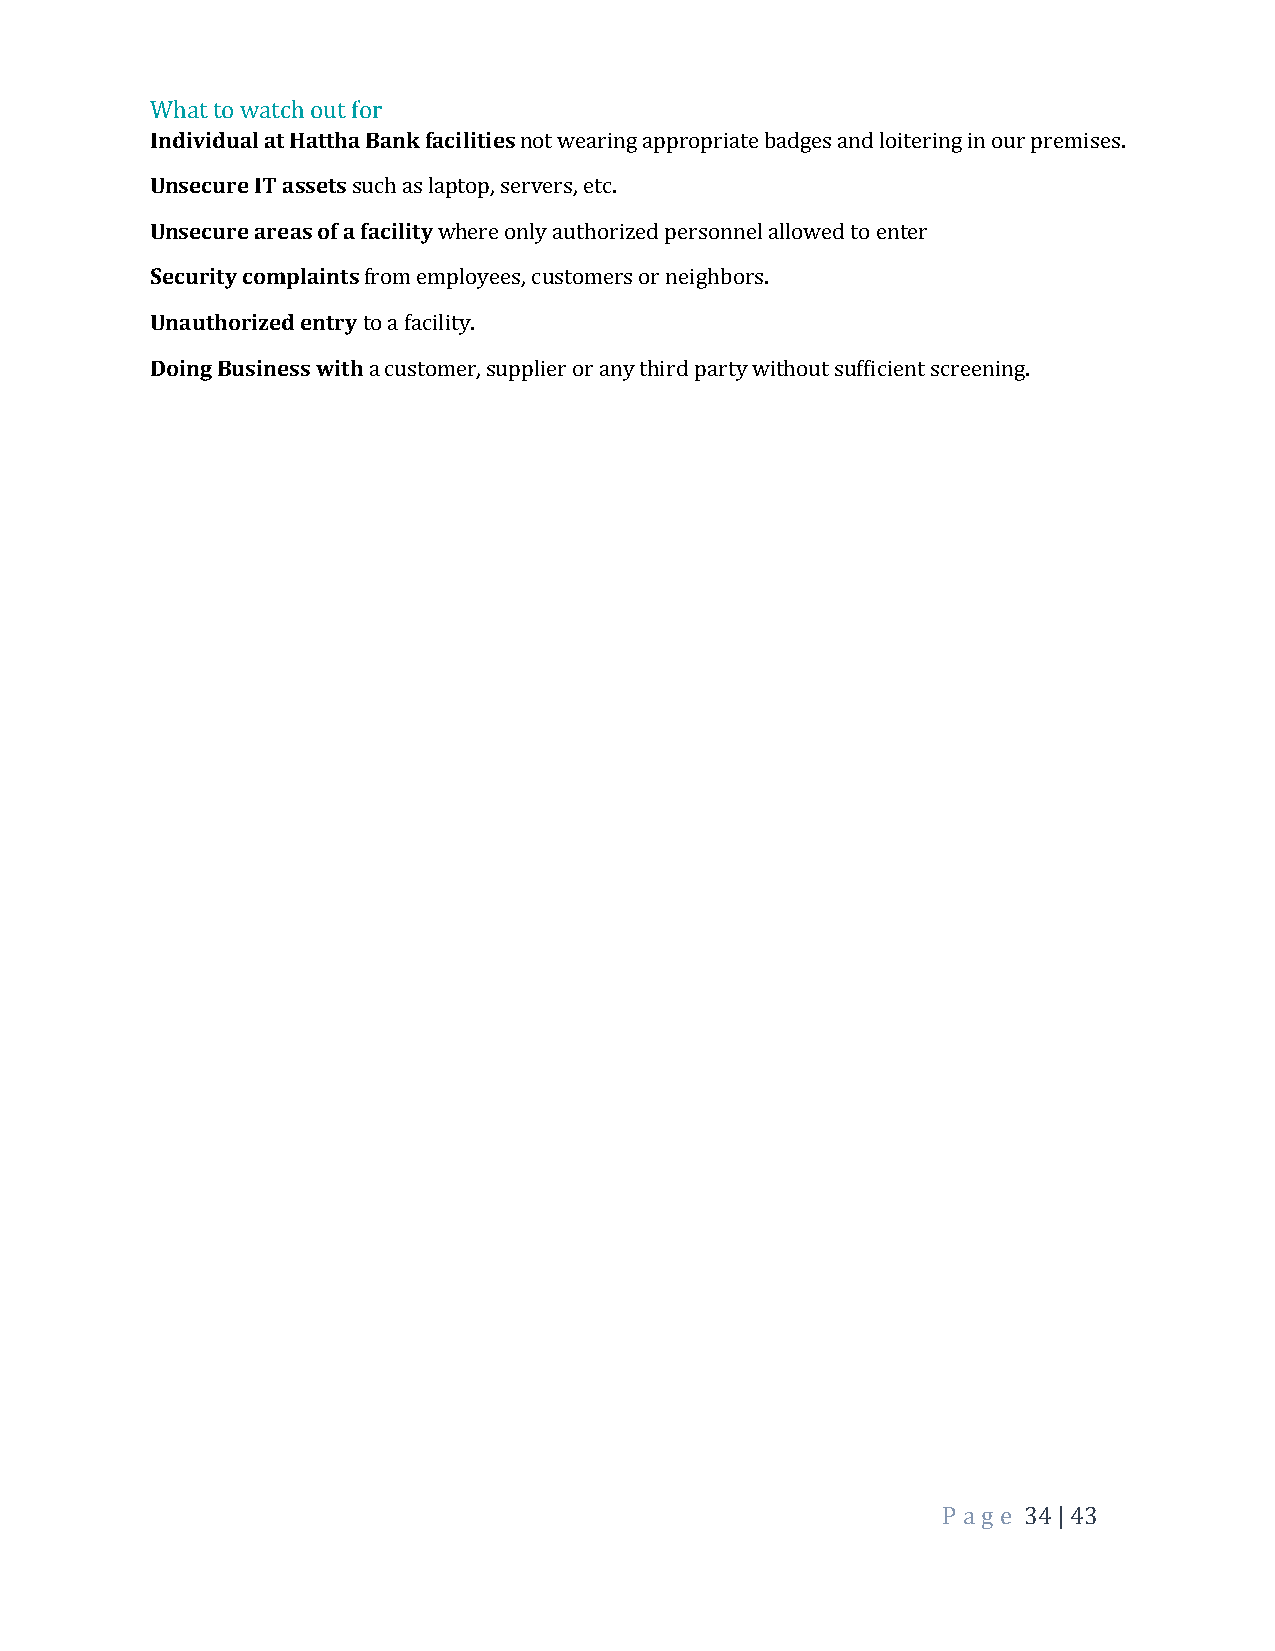
What to watch out for
 Individual at Hattha Bank facilities not wearing appropriate badges and loitering in our premises.
 Unsecure IT assets such as laptop, servers, etc.
 Unsecure areas of a facility where only authorized personnel allowed to enter
 Security complaints from employees, customers or neighbors.
 Unauthorized entry to a facility.
 Doing Business with a customer, supplier or any third party without sufficient screening.
 P a ge 34 | 43